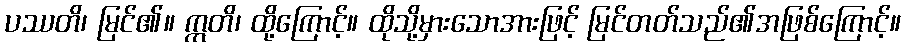
ပဿတိ၊ မြင်၏။ ဣတိ၊ ထို့ကြောင့်။ ထိုသို့မှားသောအားဖြင့် မြင်တတ်သည်၏အဖြစ်ကြောင့်။